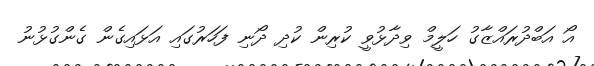
އޯ އަބްދުރައްޒާގު ހަލީމް ވިދާޅުވީ ކުރިން ކުދި ދޯނި ފަހަރުގައި އަޅައިގެން ގެންގުޅުނު